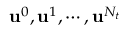
{ \mathbf { u } ^ { 0 } , \mathbf { u } ^ { 1 } , \cdots , \mathbf { u } ^ { N _ { t } } }